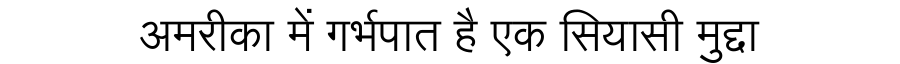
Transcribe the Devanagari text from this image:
अमरीका में गर्भपात है एक सियासी मुद्दा